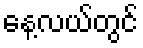
နေ့လယ်တွင်